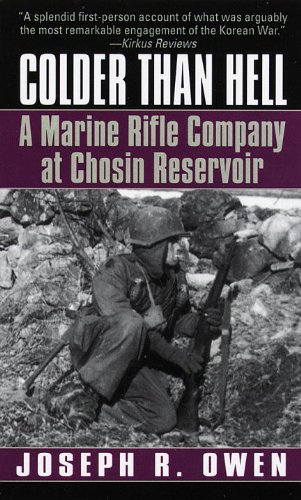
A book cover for Colder Than Hell: A Marine Rifle Company at Chosin Reservoir; Joseph R. Owen; History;